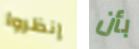
إنظروا بأن